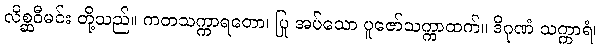
လိစ္ဆဝီမင်း တို့သည်။ ကတသက္ကာရတော၊ ပြု အပ်သော ပူဇော်သက္ကာထက်။ ဒိဂုဏံ သက္ကာရံ၊